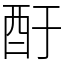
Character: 酑